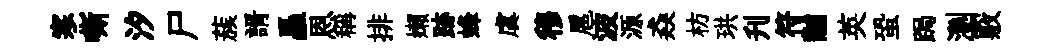
寒嘶汐尸蔟諝矗恩稱排嬾跡蜂虞穆扈波源猋枋珙刋符黼英蛩跼瀏覈